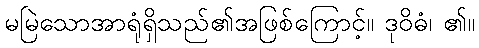
မမြဲသောအာရုံရှိသည်၏အဖြစ်ကြောင့်။ ဒုဝိဓံ၊ ၏။